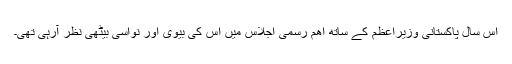
اس سال پاکستانی وزیراعظم کے ساتھ اھم رسمی اجلاس میں اس کی بیوی اور نواسی بیٹھی نظر آرہی تھی۔